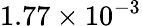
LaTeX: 1.77\times 10^{-3}